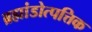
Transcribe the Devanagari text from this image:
ब्रह्मांडोत्पत्तिक